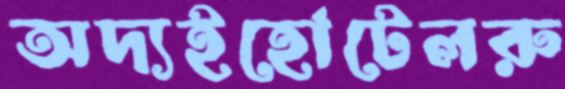
অদ্যইহোটেলরু